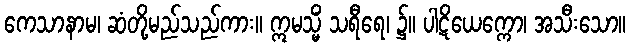
ကေသာနာမ၊ ဆံတို့မည်သည်ကား။ ဣမသ္မိံ သရီရေ၊ ၌။ ပါဋိယေက္ကော၊ အသီးသော။